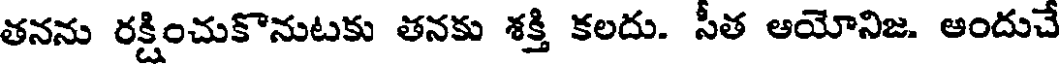
తనను రక్షించుకొనుటకు తనకు శక్తి కలదు. సీత ఆయోనిజ. ఆందుచే